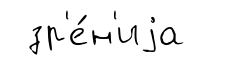
зр'е́н'иjа